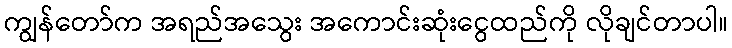
ကျွန်တော်က အရည်အသွေး အကောင်းဆုံးငွေထည်ကို လိုချင်တာပါ။